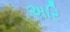
અરિ